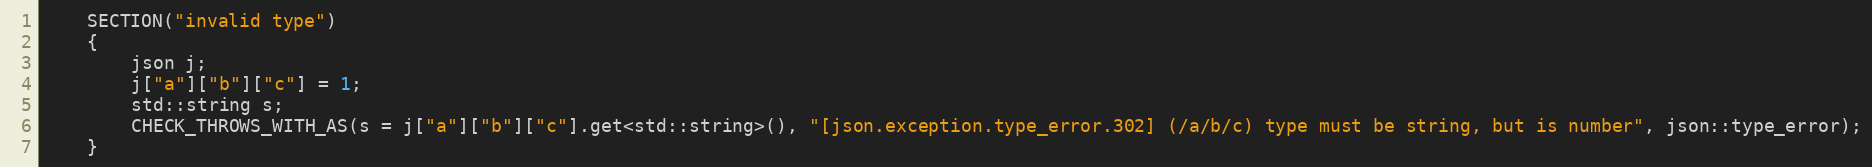
Language: C++
    SECTION("invalid type")
    {
        json j;
        j["a"]["b"]["c"] = 1;
        std::string s;
        CHECK_THROWS_WITH_AS(s = j["a"]["b"]["c"].get<std::string>(), "[json.exception.type_error.302] (/a/b/c) type must be string, but is number", json::type_error);
    }